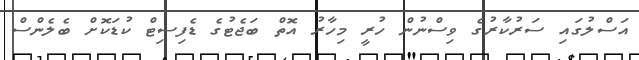
އަސްލުގައި ސަރުކާރުގެ ވިސްނުން ހުރީ މިހާރު އޮތް ބަޖެޓުގެ ޑެފިސިޓް ކުޑަކޮށް ބެލެންސް